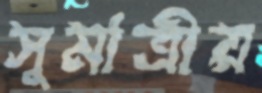
সুমাত্রীয়